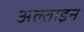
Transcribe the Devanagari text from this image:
अल्ताइन